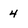
Character: 4